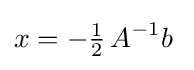
x=-{\tfrac {1}{2}}\,A^{-1}b\;